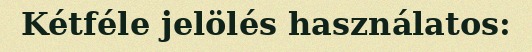
Kétféle jelölés használatos: